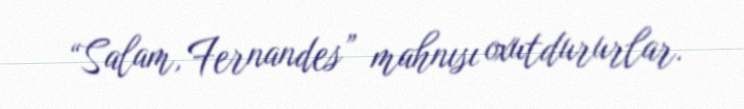
“Salam, Fernandes” mahnısı oxutdururlar.